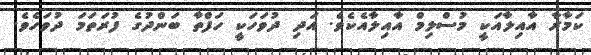
ކަމާރާ އާއިލާއަކީ މުސްލިމް އާއިލާއެކެވެ. އަދި ދުވަހަކީ ހަފްތާ ބަންދުގެ ފުރަތަމަ ދުވަހެވެ.